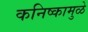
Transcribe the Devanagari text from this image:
कनिष्कामुळे